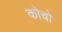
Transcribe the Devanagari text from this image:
कोचो